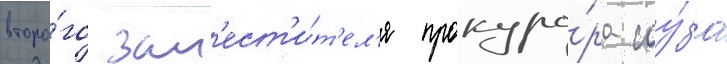
второ́го зам'ест'и́т'ел'я прокуро́ра соу́за